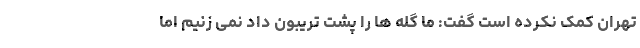
تهران کمک نکرده است گفت: ما گِله ها را پشت تریبون داد نمی زنیم اما